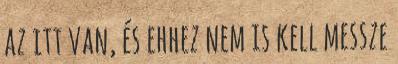
az itt van, és ehhez nem is kell messze